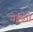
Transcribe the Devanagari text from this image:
येईस्तो